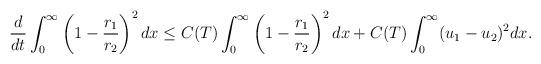
LaTeX: \begin{align*}\begin{aligned}\frac{d}{dt}\int_0^\infty\left(1-\frac{r_1}{r_2}\right)^2dx\leq C(T)\int_0^\infty\left(1-\frac{r_1}{r_2}\right)^2dx+C(T)\int_0^\infty(u_1-u_2)^2dx.\end{aligned}\end{align*}